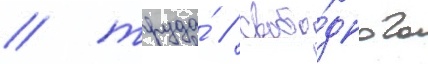
/ труда́ / свобо́дного